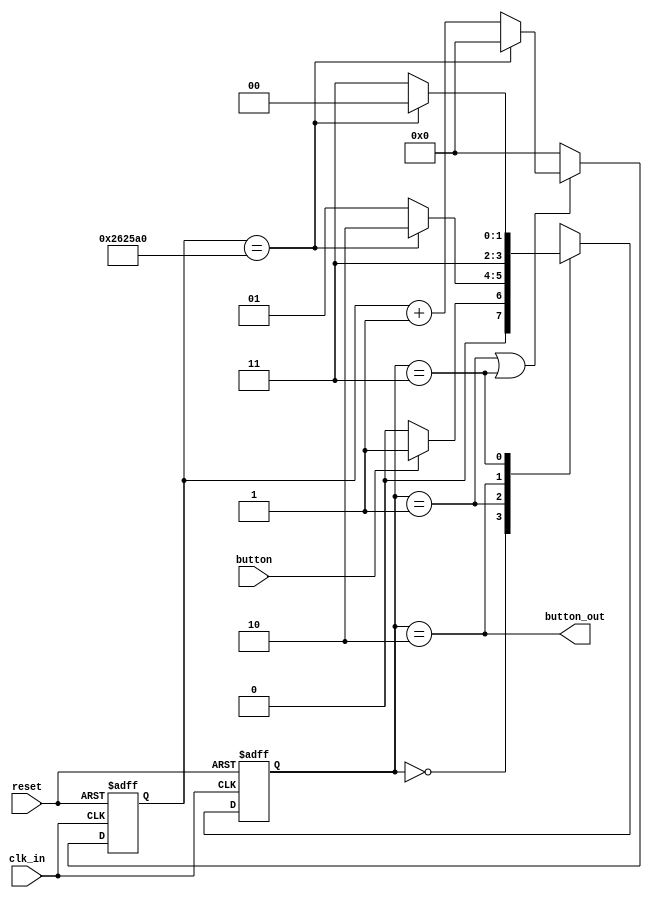
`timescale 1ns / 1ps
//////////////////////////////////////////////////////////////////////////////////
// Company: 
// Engineer: 
// 
// Design Name: 
// Module Name: debouncer
// Project Name: 
// Target Devices: 
// Tool Versions: 
// Description: 
// 
// Dependencies: 
// 
// Revision:
// Revision 0.01 - File Created
// Additional Comments:
// 
//////////////////////////////////////////////////////////////////////////////////


module debouncer(
 input clk_in,
    input reset,
    input button,
    output button_out
    );
    wire counter_en;
    reg [1:0] cur_state, nex_state;
    reg [31:0] counter;
    parameter [31:0] delay = 2500000; // change the counter based on your frequency 
    parameter [1:0] s0 = 2'b00, s1 = 2'b01, s2 = 2'b10, s3 = 2'b11;

    always @ (posedge clk_in, posedge reset)
        if(reset)
            cur_state <= s0;
        else
            cur_state <= nex_state;

    always @ (posedge clk_in, posedge reset)
        if(reset)
            counter <= 0;
        else
            if(counter_en)
                if(counter == delay)
                    counter <= 0;
                else counter <= counter + 1;
            else counter <= 0;

    assign counter_en = (cur_state == s1 || cur_state == s3);

    always@ (cur_state, button, counter)
        case(cur_state)
            s0:
                if(button)
                    nex_state = s1;
                else
                    nex_state = s0;
            s1:
                if(counter == delay)
                    nex_state = s2;
                else nex_state = s1;
            s2:
                nex_state = s3;
            s3:
                if(counter == delay)
                    nex_state = s0;
                else nex_state = s3;
        endcase

    assign button_out = (cur_state == s2);   
endmodule